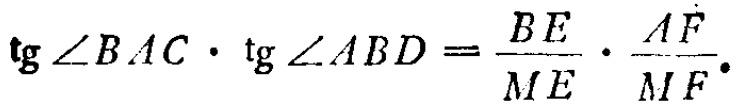
\(\tg\angle BAC\cdot\tg\angle ABD=\frac{BE}{ME}\cdot\frac{AF}{MF}\)